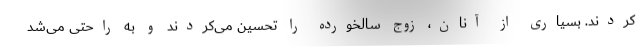
کردند. بسیاری از آنان، زوج سالخورده را تحسین می‌کردند و به راحتی می‌شد